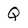
Character: Q